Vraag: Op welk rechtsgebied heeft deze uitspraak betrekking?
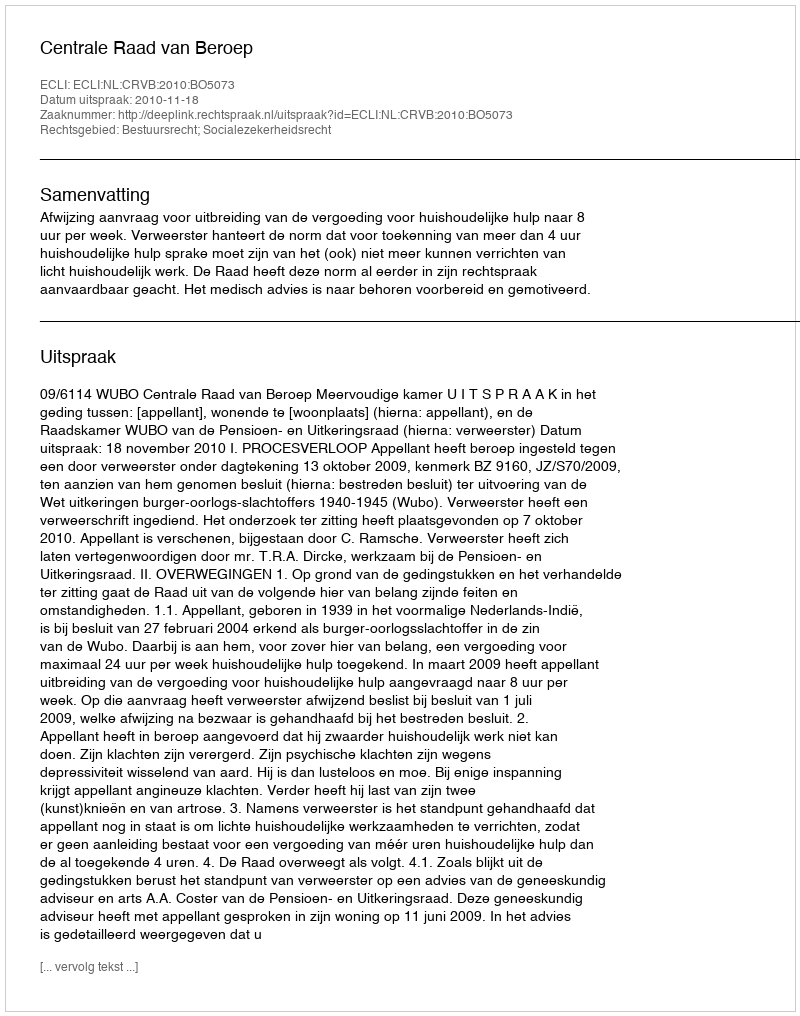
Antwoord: Bestuursrecht; Socialezekerheidsrecht